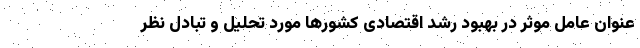
عنوان عامل موثر در بهبود رشد اقتصادی کشورها مورد تحلیل و تبادل نظر